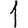
Digit: 1